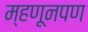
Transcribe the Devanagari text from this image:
म्हणूनपण